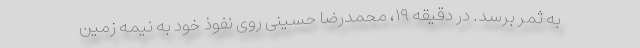
به ثمر برسد. در دقیقه ۱۹، محمدرضا حسینی روی نفوذ خود به نیمه زمین